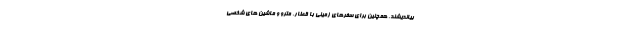
بیاندیشند، همچنین برای سفرهای زمینی با قطار، مترو و ماشین های شخصی